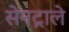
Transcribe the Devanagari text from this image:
सेनट्राले